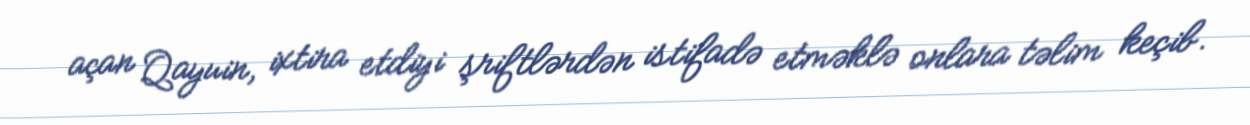
açan Qayuin, ixtira etdiyi şriftlərdən istifadə etməklə onlara təlim keçib.